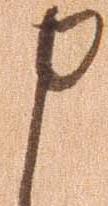
申